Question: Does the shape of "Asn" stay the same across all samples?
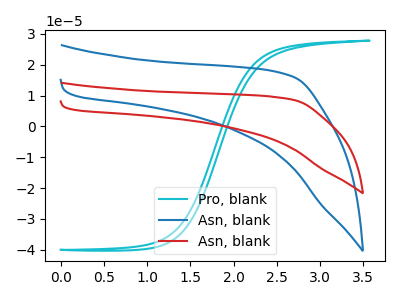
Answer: <think>The cyan curve "Pro, blank" has no peaks. The blue curve "Asn, blank" has no peaks. The red curve "Asn, blank" has no peaks.
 Neither "Pro, blank" or "Asn, blank" have any peaks. Neither "Pro, blank" or "Asn, blank" have any peaks. Neither "Asn, blank" or "Asn, blank" have any peaks.</think>
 <answer>All the CV's of "Asn" have similar shape.</answer>
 <eval>follow_rule</eval>